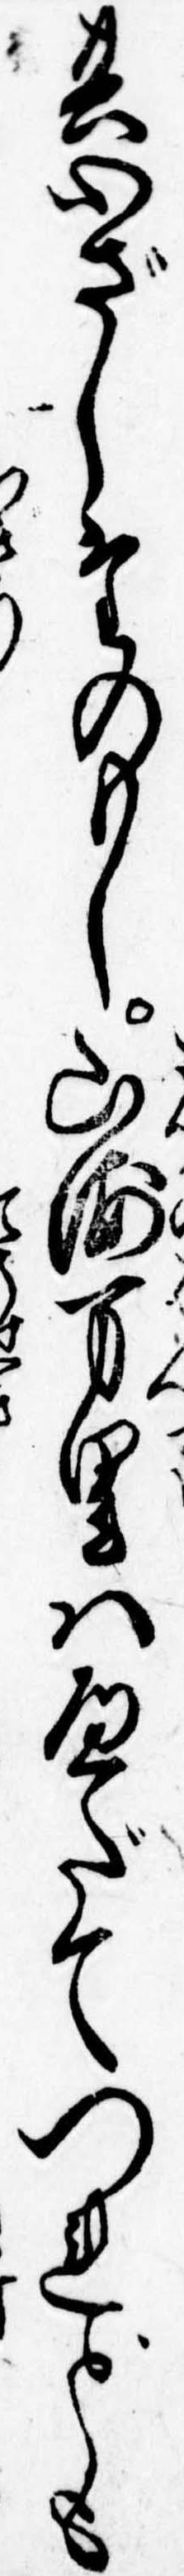
其心ざしたのもし山海万里はへだてつれども